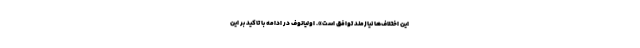
این اختلاف‌ها نیازمند توافق است». اولیانوف در ادامه با تاکید بر این